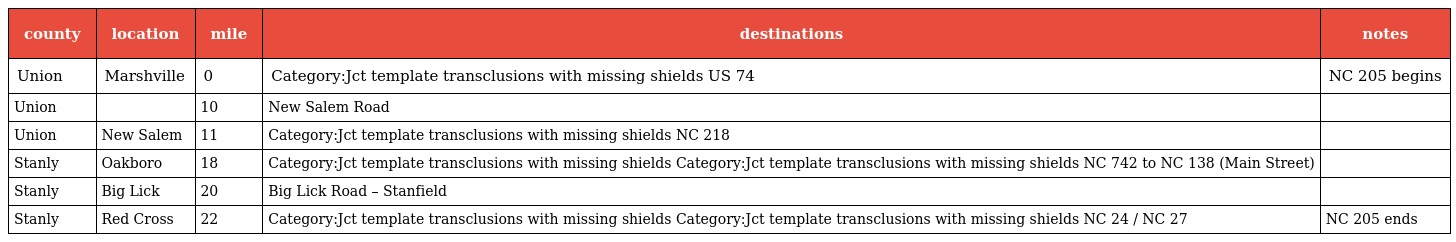
| county | location | mile | destinations | notes |
 | --- | --- | --- | --- | --- |
 | Union | Marshville | 0 | Category:Jct template transclusions with missing shields US 74 | NC 205 begins |
 | Union |  | 10 | New Salem Road |  |
 | Union | New Salem | 11 | Category:Jct template transclusions with missing shields NC 218 |  |
 | Stanly | Oakboro | 18 | Category:Jct template transclusions with missing shields Category:Jct template transclusions with missing shields NC 742 to NC 138 (Main Street) |  |
 | Stanly | Big Lick | 20 | Big Lick Road – Stanfield |  |
 | Stanly | Red Cross | 22 | Category:Jct template transclusions with missing shields Category:Jct template transclusions with missing shields NC 24 / NC 27 | NC 205 ends |